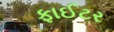
ફાઈટર